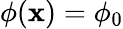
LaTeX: \phi(\textbf{x})=\phi_{0}